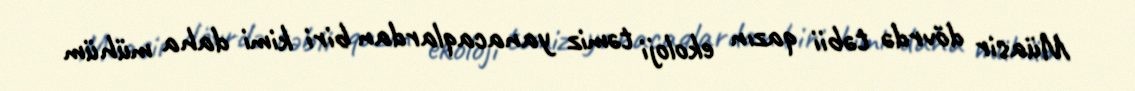
Müasir dövrdə təbii qazın ekoloji təmiz yanacaqlardan biri kimi daha mühüm